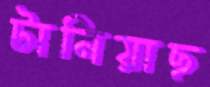
টানিয়াছ